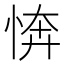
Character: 𢜘